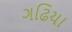
ગઢિયા